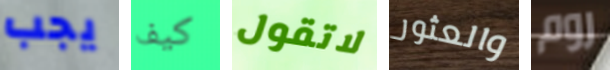
يجب كيف لاتقول والعثور روم